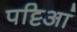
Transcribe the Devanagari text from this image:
पट्टिआं